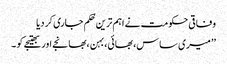
وفاقی حکومت نے اہم ترین حُکم جاری کر دیا
’’ میری ساس، بھائی،بہن ،بھانجے اور بھتیجے کو ۔